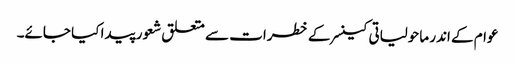
عوام کے اندر ماحولیاتی کینسر کے خطرات سے متعلق شعور پیدا کیا جائے۔